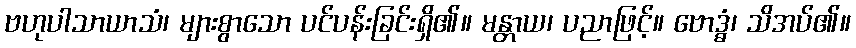
ဗဟုပါသာယာသံ၊ များစွာသော ပင်ပန်းခြင်းရှိ၏။ မန္တာယ၊ ပညာဖြင့်။ ဗောဒ္ဓံ၊ သိအပ်၏။